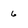
Character: 6